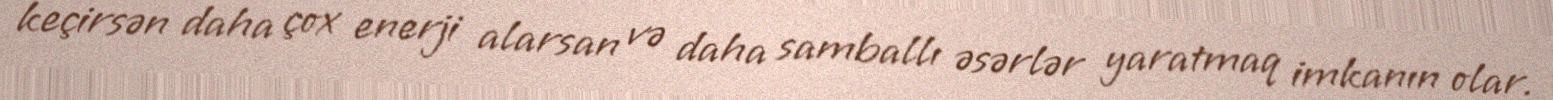
keçirsən daha çox enerji alarsan və daha samballı əsərlər yaratmaq imkanın olar.